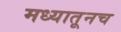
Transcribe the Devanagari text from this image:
मध्यातूनच